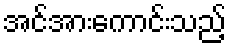
အင်အားကောင်းသည့်